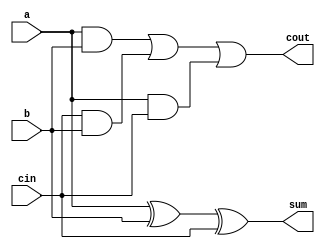
`timescale 1ns / 1ps

module add1bit(a,b,cin,sum,cout);
input a,b,cin;
output sum,cout;
wire temp_sum,temp_cout,ab,bc,ac,abc;

xor d1(temp_sum,a,b);
xor d2(sum,temp_sum,cin);

and a1(ab,a,b);
and a2(bc,cin,b);
and a3(ac,a,cin);
or o1(abc,ab,bc);
or o2(cout,abc,ac);


endmodule